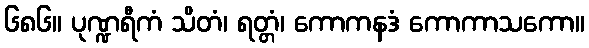
၆၈၆။ ပုဏ္ဍရီကံ သိတံ၊ ရတ္တံ၊ ကောကနဒံ ကောကာသကော။